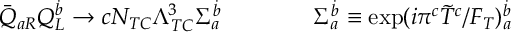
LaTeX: \bar { Q } _ { a R } Q _ { L } ^ { \dot { b } } \rightarrow c N _ { T C } \Lambda _ { T C } ^ { 3 } \Sigma _ { a } ^ { \dot { b } } \qquad \qquad \Sigma _ { a } ^ { \dot { b } } \equiv \exp ( i \pi ^ { c } \tilde { T } ^ { c } / F _ { T } ) _ { a } ^ { \dot { b } }